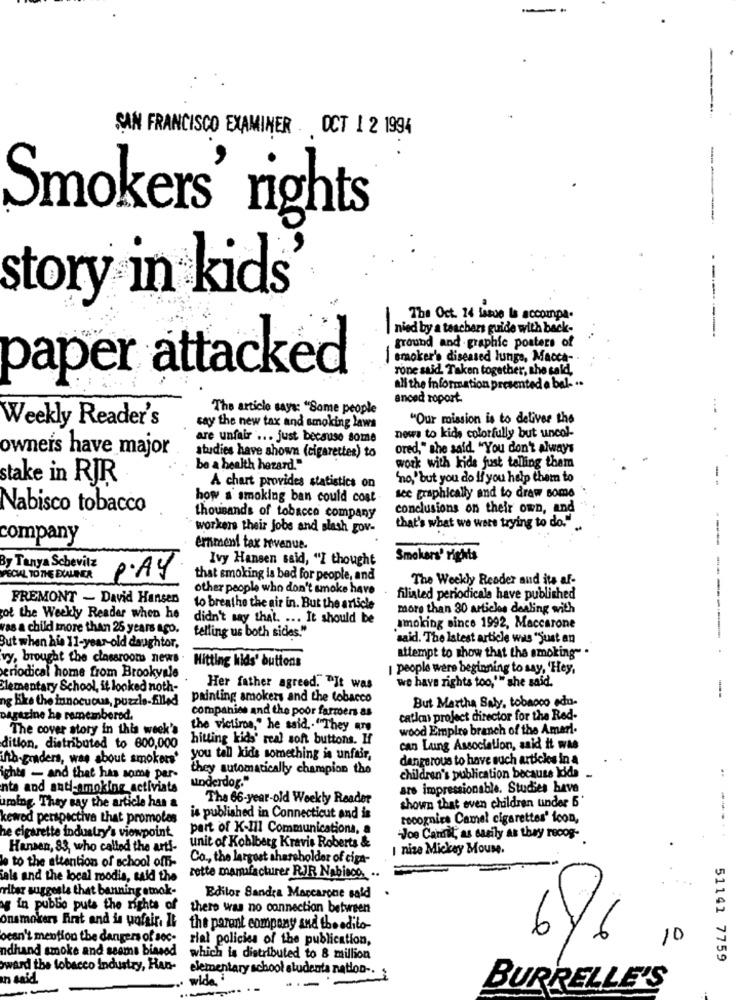
---
SAN FRANCISCO EXAMINER. OCT 1 2 1994
Smokers' rights
story in kids
The Oct. 14 issue Is accompa.
nied by a teachers guide with back-
ground and graphic posters of
--------
smoker's diseased lungs, Macca-
rone said. Taken together, the said,
paper attacked
all the information presented a bel- ..
anced roport-
The article says: "Some people
...
"Our mission is to deliver the
Weekly Reader's
say the new tax and smoking laws
news to kids colorfully but uncol-
are unfair ... just because some
owners have major
ored," she said "You don't always
studies have shown (cigarettes) to
be a health herard."
work with kids just telling them
stake in RJR
no,"but you do if you help them to
--
A chart provides statistics on
how a smoking ban could cost
see graphically and to draw some
Nabisco tobacco
conclusions on their own, and
thousands of tobacco company
that's what we were trying to do."
workers their jobs and slash gov-
company
ernment tax avenue.
Ivy Hansen said, "I thought
Smokers' rights
By Tanya Schevitz
ECAL TO THE DUALPER
PAY
that smoking is bad for people, and
The Weekly Reader and its af-
other people who don't smoke have
FREMONT - David Hansen
filisted periodicale have published
to breathe the air in. But the article
more than 30 articles dealing with
got the Weekly Reader when he
didn't say that. ... It should be
as a child more than 25 years ago.
smoking since 1992, Maccarone
telling us both sides."
'said. The latest article was "just an
But when his 11-year-old daughter,
attempt to show that the smoking" .
vy, brought the classroom news .
Hitting kids' buttons
-- ------- .
people were beginning to say, 'Hey,
periodical home from Brookvale
we have rights too," she said.
Clementary School, it looked noth-
. Her father agreed. "It was
ng Kke the innocuous, puzzle-filled
painting smokers and the tobacco
But Martha Saly, tobacco edu-
--
companies and the poor farmers as
Dagazine he remembered.
cation project director for the Red-
The cover story in this week's
the victims," he said ,. "They are
wood Empire branch of the Ameri-
hitting kids' real sont buttons. If
dition, distributed to 600,000
can Laing Association, said it was
ifth-graders, was about smokers'
you tell kids something is unfair,
dangerous to have such articles in a
they automatically champion the
ights - and that has some par-
underdog."
children's publication because ldda
nta and anti-smoking_activiats
ars impressionable. Studies have
The 66-year-old Weekly Reader
shown that even children under 6
uming, They say the article han a
kewed perspective that promotes
is published in Connecticut and is
rocognics Camel cigarettes' icon,
part of K-III Communications, a
he cigarette industry's viewpoint
Joe Cantil, as easily as they recog-
Hansen, 83, who called the arts-
unit of Kohlberg Kravis Roberts &
I nize Mickey Mouse.
le to the attention of school offi-
Co ., the largest shareholder of ciga-
ials and the local moodis, said the
rette manufacturer RJR Nabisco. ..
ritar suggests that banning amok-
Editor Sandra Maccarone said
y in public pute the rights of
there was no connection between
Onsmokers First and is wofair, It
the parent company and the edilo-
ocan't mention the dangers of soc-
rial policies of the publication,
6/
6
10
ndhand smoke and seems biased
which is distributed to 8 million
51141 7759
ward the tobacco industry, Han-
elementary school studenta nation -.
n said
wide.
BURRELLE'S